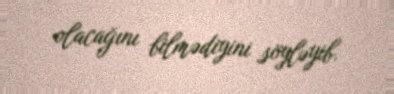
olacağını bilmədiyini söyləyib.